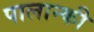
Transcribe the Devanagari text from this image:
पालान्की